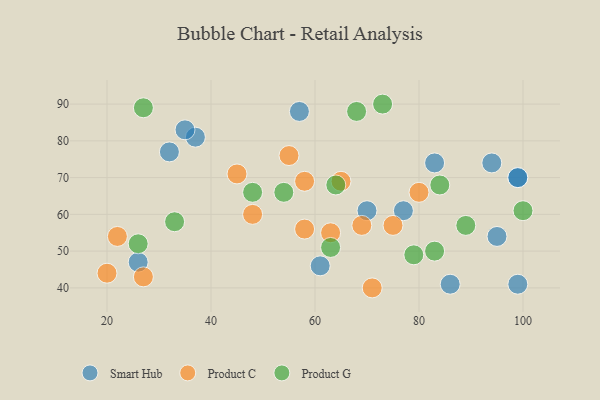
{"axis": {"x": "GDP", "y": "Life Expectancy"}, "legend": ["Product C", "Product G", "Smart Hub"], "data": [{"x": "37", "y": 81, "type": "Smart Hub"}, {"x": "35", "y": 83, "type": "Smart Hub"}, {"x": "99", "y": 70, "type": "Smart Hub"}, {"x": "99", "y": 70, "type": "Smart Hub"}, {"x": "77", "y": 61, "type": "Smart Hub"}, {"x": "94", "y": 74, "type": "Smart Hub"}, {"x": "70", "y": 61, "type": "Smart Hub"}, {"x": "57", "y": 88, "type": "Smart Hub"}, {"x": "99", "y": 41, "type": "Smart Hub"}, {"x": "95", "y": 54, "type": "Smart Hub"}, {"x": "32", "y": 77, "type": "Smart Hub"}, {"x": "26", "y": 47, "type": "Smart Hub"}, {"x": "83", "y": 74, "type": "Smart Hub"}, {"x": "61", "y": 46, "type": "Smart Hub"}, {"x": "86", "y": 41, "type": "Smart Hub"}, {"x": "69", "y": 57, "type": "Product C"}, {"x": "63", "y": 55, "type": "Product C"}, {"x": "55", "y": 76, "type": "Product C"}, {"x": "75", "y": 57, "type": "Product C"}, {"x": "27", "y": 43, "type": "Product C"}, {"x": "22", "y": 54, "type": "Product C"}, {"x": "48", "y": 60, "type": "Product C"}, {"x": "20", "y": 44, "type": "Product C"}, {"x": "65", "y": 69, "type": "Product C"}, {"x": "45", "y": 71, "type": "Product C"}, {"x": "71", "y": 40, "type": "Product C"}, {"x": "58", "y": 69, "type": "Product C"}, {"x": "58", "y": 56, "type": "Product C"}, {"x": "80", "y": 66, "type": "Product C"}, {"x": "100", "y": 61, "type": "Product G"}, {"x": "83", "y": 50, "type": "Product G"}, {"x": "68", "y": 88, "type": "Product G"}, {"x": "27", "y": 89, "type": "Product G"}, {"x": "54", "y": 66, "type": "Product G"}, {"x": "73", "y": 90, "type": "Product G"}, {"x": "89", "y": 57, "type": "Product G"}, {"x": "33", "y": 58, "type": "Product G"}, {"x": "64", "y": 68, "type": "Product G"}, {"x": "48", "y": 66, "type": "Product G"}, {"x": "26", "y": 52, "type": "Product G"}, {"x": "79", "y": 49, "type": "Product G"}, {"x": "84", "y": 68, "type": "Product G"}, {"x": "63", "y": 51, "type": "Product G"}]}